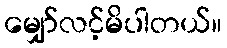
မျှော်လင့်မိပါတယ်။